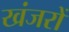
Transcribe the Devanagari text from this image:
खंजरों